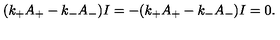
( k _ { + } A _ { + } - k _ { - } A _ { - } ) I = - ( k _ { + } A _ { + } - k _ { - } A _ { - } ) I = 0 . \nonumber